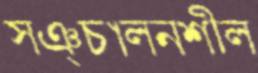
সঞ্চালনশীল